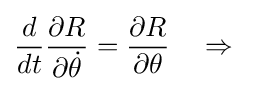
{\frac {d}{dt}}{\frac {\partial R}{\partial {\dot {\theta }}}}={\frac {\partial R}{\partial \theta }}\quad \Rightarrow \quad